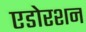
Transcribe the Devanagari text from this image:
एडोरशन